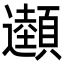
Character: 𩕜